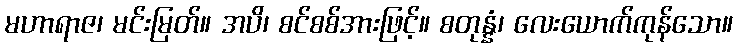
မဟာရာဇ၊ မင်းမြတ်။ အပိ၊ စင်စစ်အားဖြင့်။ စတုန္နံ၊ လေးယောက်ကုန်သော။